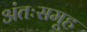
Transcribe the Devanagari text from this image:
अंतःसमूह